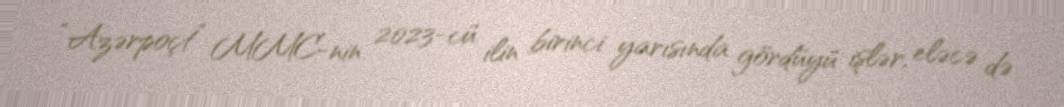
“Azərpoçt” MMC-nin 2023-cü ilin birinci yarısında gördüyü işlər, eləcə də